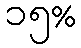
၁၅%